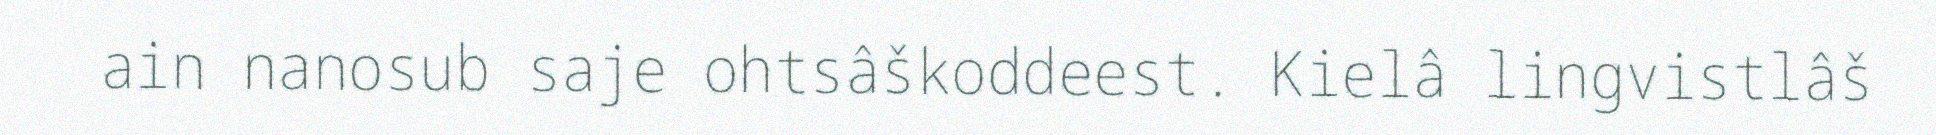
ain nanosub saje ohtsâškoddeest. Kielâ lingvistlâš